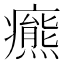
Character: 𤻩